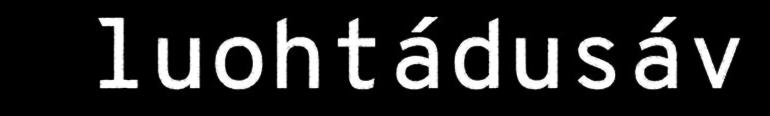
luohtádusáv